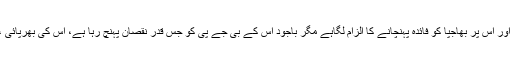
الیکشن کمیشن کے بعض فیصلوں پر انگلی ضرور اٹھائی گئی ہے اور اس پر بھاجپا کو فائدہ پہنچانے کا الزام لگاہے مگر باجود اس کے بی جے پی کو جس قدر نقصان پہنچ رہا ہے، اس کی بھرپائی ، معمولی انتخابی گڑبڑی سے کسی بھی طرح ممکن نظر نہیںآتی۔